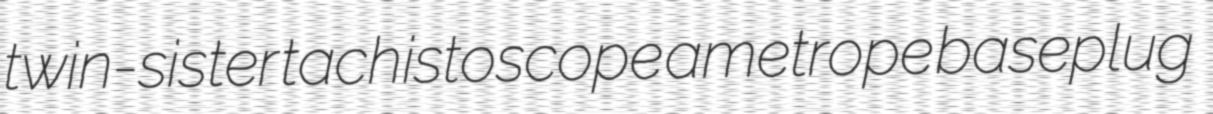
twin-sister tachistoscope ametrope baseplug